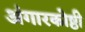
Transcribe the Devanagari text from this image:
अंगारकोष्ठी